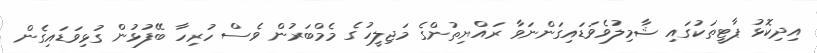
އިދިކޮޅު ޕާޓީތަކުގައި ޝާމިލުވެވަޑައިގަންނަވާ ރައްޔިތުންގެ މަޖިލީހުގެ މެމްބަރުން ވެސް ހުރިހާ ބޭފުޅުން ގުޅިވަޑައިގެން